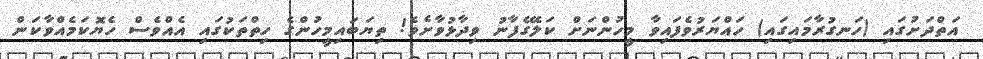
އަތްދަށުގައި (ހަނގުރާމައިގައި) ހައްޔަރުވެފައިވާ މީހުންނަށް ކަލޭގެފާނު ވިދާޅުވާށެވެ! ތިޔަބައިމީހުންގެ ހިތްތަކުގައި އެއްވެސް ހެޔޮކަމެއްވާކަން